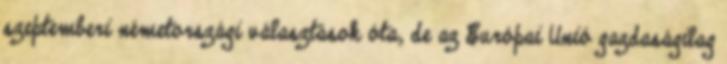
szeptemberi németországi választások óta, de az Európai Unió gazdaságilag